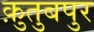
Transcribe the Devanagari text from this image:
क़ुतुबपुर